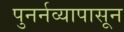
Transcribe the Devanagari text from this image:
पुनर्नव्यापासून